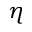
\eta